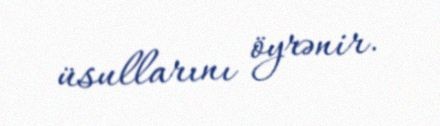
üsullarını öyrənir.